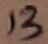
Text: 13